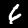
Digit: 6